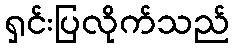
ရှင်းပြလိုက်သည်